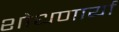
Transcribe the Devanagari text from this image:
शोधणार्या